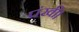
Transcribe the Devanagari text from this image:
पंखी।